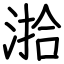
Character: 湁